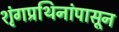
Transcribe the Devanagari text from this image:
शृंगप्रथिनांपासून